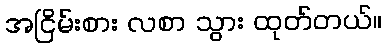
အငြိမ်းစား လစာ သွား ထုတ်တယ်။